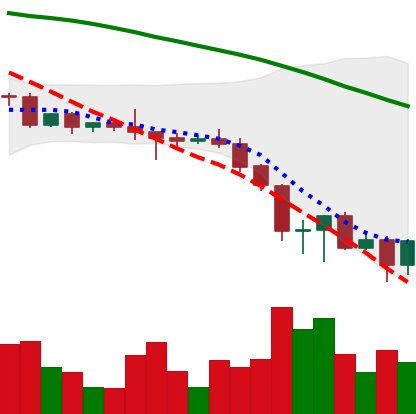
Ticker: BNB-USD
Chart end date: 2022-06-19
Forward return: 11.78%
Label: up_7plus